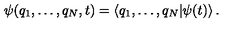
\psi ( q _ { 1 } , \dots , q _ { N } , t ) = \left< q _ { 1 } , \dots , q _ { N } | \psi ( t ) \right> .